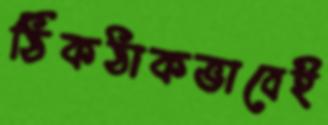
ঠিকঠাকভাবেই